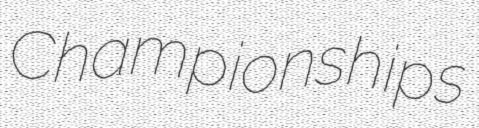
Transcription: Championships